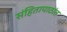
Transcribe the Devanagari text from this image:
संहितापाठांत